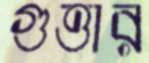
গুত্তার